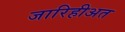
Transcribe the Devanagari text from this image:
जारिहीअत